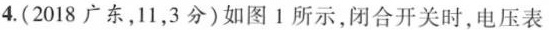
4.(2018广东，11，3分)如图1所示，闭合开关时，电压表